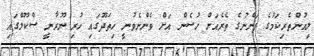
ލިއުންތެރިކަމުގެ ފަންނުގެ ތެރެއަށް ހުސެން އަށް ވެންނެވުނީ ހިތަދޫގައި ހުރި ނޫރާނީ ސްކޫލްގައި